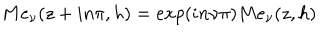
M e _ { \nu } ( z + i n \pi , h ) = e x p ( i n \nu \pi ) M e _ { \nu } ( z , h )